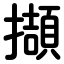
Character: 擷